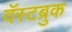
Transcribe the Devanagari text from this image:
वॅस्टब्रुक